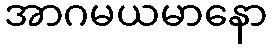
အာဂမယမာနော